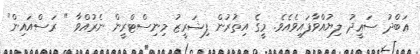
ޢަބްދު ސަޢީދު ލިޔުއްވާފައިވެއެވެ. މީގެ އިތުރުން ފިޝަރީޒު މިނިސްޓްރީން ނެރުއްވާ " ރަސްއައިން"